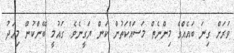
ވަރަށް ގިނަ ބައެއްގެ މިންނެތް މަސައްކަތުން ކަން ޔަގީނެވެ. ގައުމީ ބޭންކުން މިއަދު